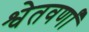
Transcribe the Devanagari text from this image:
श्वेतवर्णां